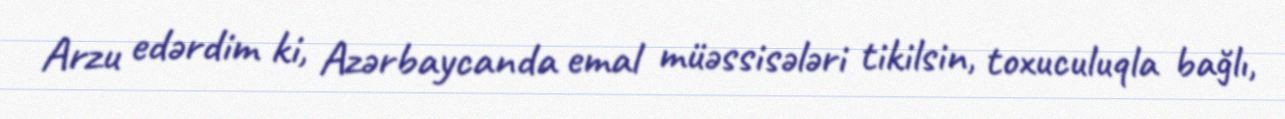
Arzu edərdim ki, Azərbaycanda emal müəssisələri tikilsin, toxuculuqla bağlı,